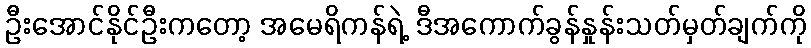
ဦးအောင်နိုင်ဦးကတော့ အမေရိကန်ရဲ့ ဒီအကောက်ခွန်နှုန်းသတ်မှတ်ချက်ကို